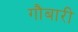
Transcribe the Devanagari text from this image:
गौबारी